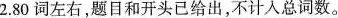
2.80词左右，题目和开头已给出，不计入总词数。